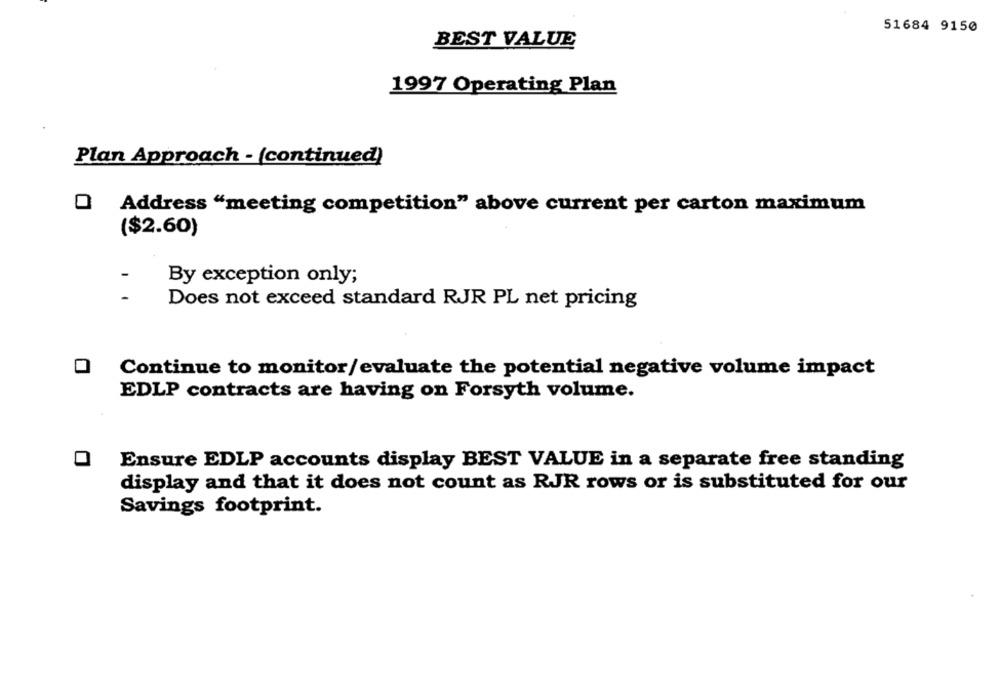
51684 9150
BEST VALUE
1997 Operating Plan
Plan Approach - (continued)
O Address "meeting competition" above current per carton maximum
($2.60)
By exception only;
Does not exceed standard RJR PL net pricing
O Continue to monitor/evaluate the potential negative volume impact
EDLP contracts are having on Forsyth volume.
Ensure EDLP accounts display BEST VALUE in a separate free standing
display and that it does not count as RJR rows or is substituted for our
Savings footprint.